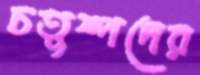
চতুষ্পদের